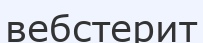
вебстерит